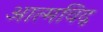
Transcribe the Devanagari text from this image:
आत्मविद्